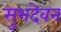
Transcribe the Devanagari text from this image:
सुभदेवन